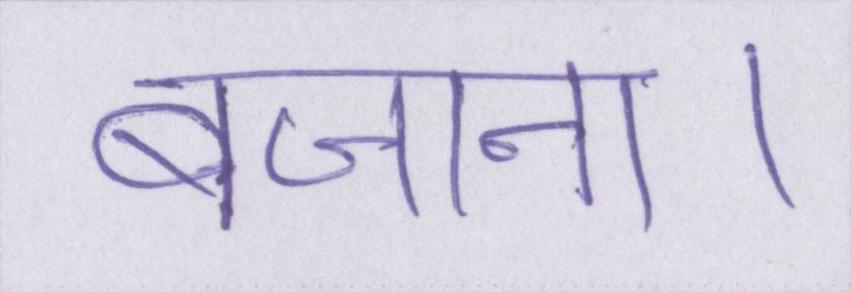
बजाना।